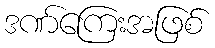
ဒဏ်ကြေးအဖြစ်